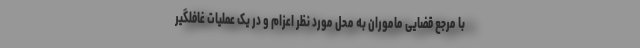
با مرجع قضایی ماموران به محل مورد نظر اعزام و در یک عملیات غافلگیر